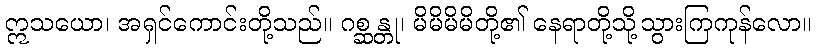
ဣသယော၊ အရှင်ကောင်းတို့သည်။ ဂစ္ဆန္တု၊ မိမိမိမိတို့၏ နေရာတို့သို့သွားကြကုန်လော။